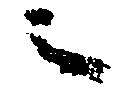
之